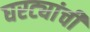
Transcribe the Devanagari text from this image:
घरट्यांची